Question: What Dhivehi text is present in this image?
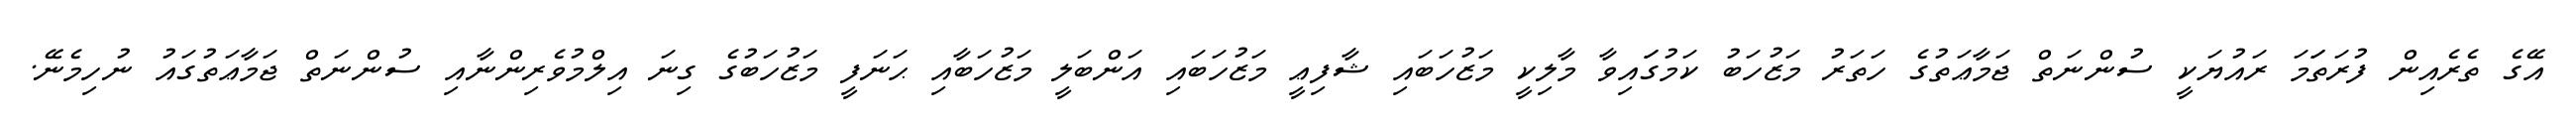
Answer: އޭގެ ތެރެއިން ފުރަތަަމަ ރައުޔަކީ ސުންނަތް ޖަމާޢަތުގެ ހަތަރު މަޒުހަބު ކަމުގަައިވާ މާލިކީ މަޒުހަބައި ޝާފިޢީ މަޒުހަބައި އަންބަލީ މަޒުހަބާއި ޙަނަފީ މަޒުހަބުގެ ގިނަ އިލްމުވެރިންނާއި ސުންނަތް ޖަމާޢަތުގައު ނުހިމެނޭ.